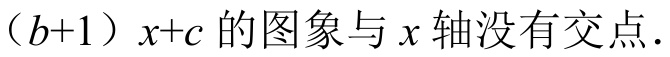
\((b + 1)x + c\)的图象与\(x\)轴没有交点.